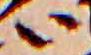
い